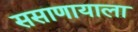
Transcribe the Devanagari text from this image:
ससाणायाला